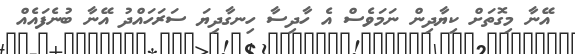
އޭނާ މިގޮތަށް ކިޔާދިން ނަމަވެސް އެ ހާދިސާ ހިނގާދިޔަ ސަރަހައްދު އޭނާ ބުނެފައެއް